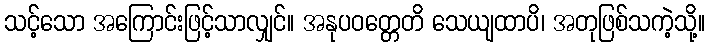
သင့်သော အကြောင်းဖြင့်သာလျှင်။ အနုပဝတ္တေတိ သေယျထာပိ၊ အတုဖြစ်သကဲ့သို့။